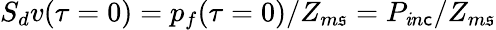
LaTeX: S_{d}v(\tau=0)=p_{f}(\tau=0)/Z_{m\mathfrak{s}}=P_{\mathit{i}n\mathsf{c}}/Z_{m\mathfrak{s}}